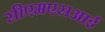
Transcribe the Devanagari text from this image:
सीएमएसआई